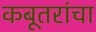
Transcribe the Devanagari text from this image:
कबूतरांचा